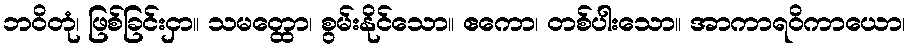
ဘဝိတုံ၊ ဖြစ်ခြင်းငှာ။ သမတ္ထော၊ စွမ်းနိုင်သော။ ဧကော၊ တစ်ပါးသော။ အာကာရဝိကာယော၊